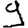
Digit: 9